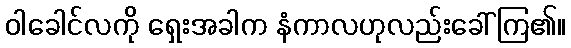
ဝါခေါင်လကို ရှေးအခါက နံကာလဟုလည်းခေါ်ကြ၏။